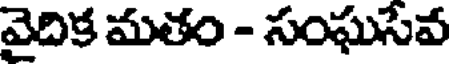
వైదిక మతం - సంఘసేవ